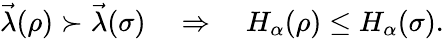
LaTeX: \begin{array}{r}{\vec{\lambda}(\rho)\succ\vec{\lambda}(\sigma)\quad\Rightarrow\quad H_{\alpha}(\rho)\leq H_{\alpha}(\sigma).}\end{array}